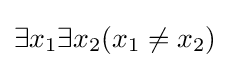
\exists x_{1}\exists x_{2}(x_{1}\not =x_{2})